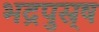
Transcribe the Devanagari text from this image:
भद्रपुस्र्ष